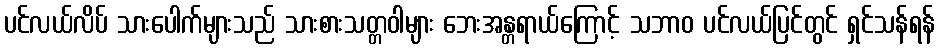
ပင်လယ်လိပ် သားပေါက်များသည် သားစားသတ္တဝါများ ဘေးအန္တရာယ်ကြောင့် သဘာဝ ပင်လယ်ပြင်တွင် ရှင်သန်ရန်